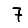
Digit: 7